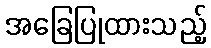
အခြေပြုထားသည့်